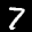
Label: 7